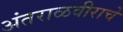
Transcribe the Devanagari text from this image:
अंतराळवीराचे